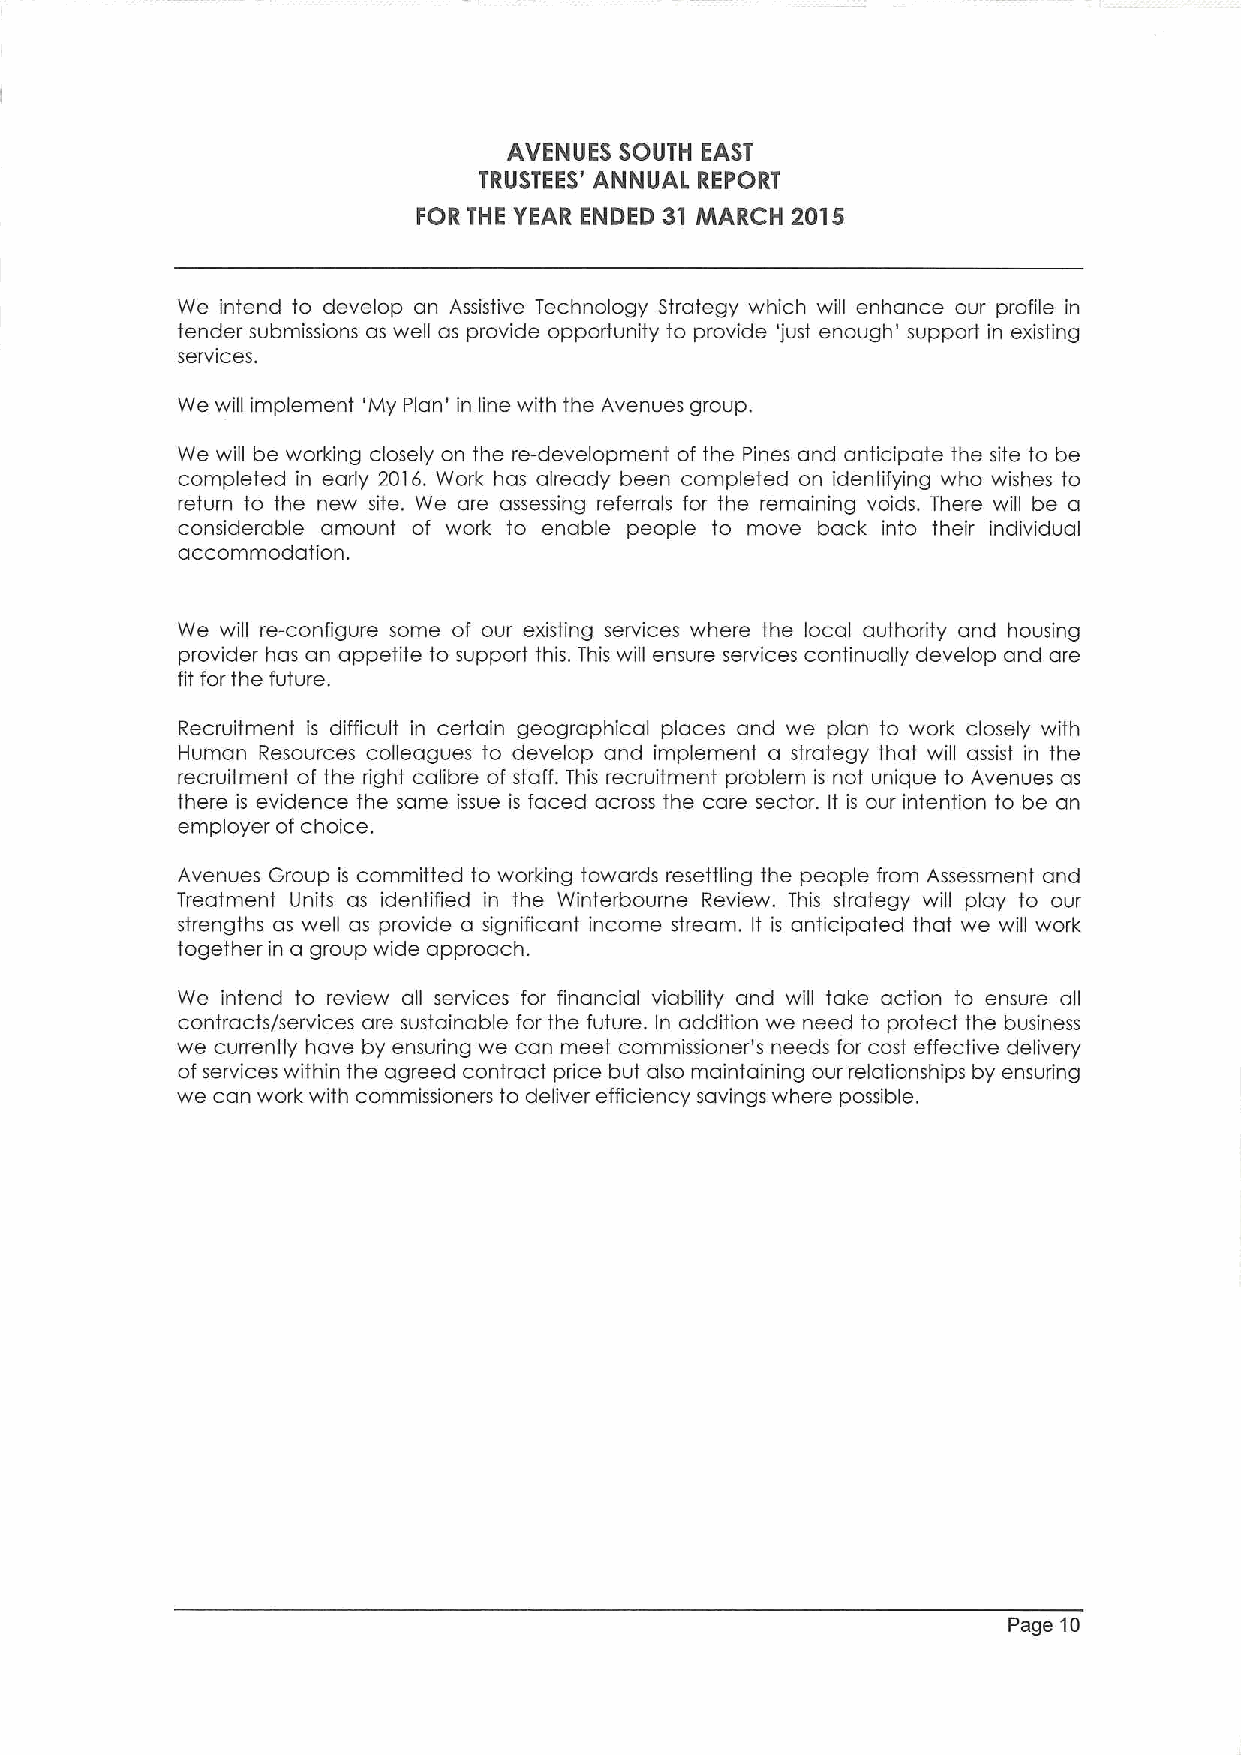
AVENUES SOUTH EAST
 TRUSTEES' ANNUAL REPORT
 FOR THE YEAR ENDED 31 MARCH 2015
 We intend to develop an Assistive Technology Strategy which will enhance our profile in
 tender submissions as well as provide opportunity to provide 'just enough' support in existing
 services.
 We will implement 'My Plan' in line with the Avenues group.
 We will be working closely on the re-development of the Pines and anticipate the site to be
 completed in early 2016. Work has already been completed on identifying who wishes to
 return to the new site. We are assessing referrals for the remaining voids. There will be a
 considerable amount of work to enable people to move back into their individual
 accommodation.
 We will re-configure some of our existing services where the local authority and housing
 provider has an appetite to support this. This will ensure services continually develop and are
 fit for the future.
 Recruitment is difficult in certain geographical places and we plan to work closely with
 Human Resources colleagues to develop and implement a strategy that will assist in the
 recruitment of the right calibre of staff. This recruitment problem is not unique to Avenues as
 there is evidence the same issue is faced across the care sector. It is our intention to be an
 employer of choice.
 Avenues Group is committed to working towards resettling the people from Assessment and
 Treatment Units as identified in the Winterbourne Review. This strategy will play to our
 strengths as well as provide a significant income stream. It is anticipated that we will work
 together in a group wide approach.
 We intend to review all services for financial viability and will take action to ensure all
 contracts/services are sustainable for the future. In addition we need to protect the business
 we currently have by ensuring we can meet commissioner's needs for cost effective delivery
 ofservices within the agreed contract price but also maintaining our relationships by ensuring
 we can work with commissioners to deliver efficiency savings where possible.
 Page 10